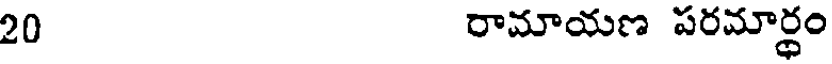
20 రామాయణ పరమార్ధం